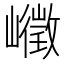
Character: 𰎾